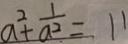
a ^ { 2 } + \frac { 1 } { a ^ { 2 } } = 1 1